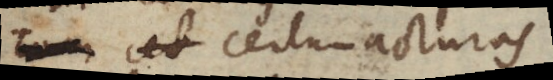
certum acturas